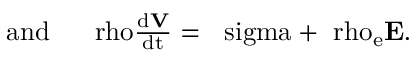
\begin{array} { r } { \mathrm { { a n d ~ ~ ~ ~ } \ r h o \frac { d { \bf V } } { d t } = \nabla \ s i g m a + \ r h o _ { e } { \bf E } . } } \end{array}